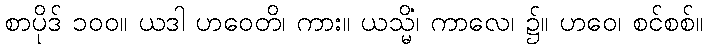
စာပိုဒ် ၁၀၀။ ယဒါ ဟဝေတိ၊ ကား။ ယသ္မိံ၊ ကာလေ၊ ၌။ ဟဝေ၊ စင်စစ်။